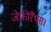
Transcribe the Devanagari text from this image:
जेफीरैंथस।